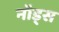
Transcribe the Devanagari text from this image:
नॉड्स